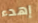
إهدء